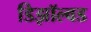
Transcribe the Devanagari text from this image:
डिझॉल्वड